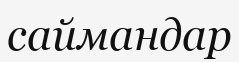
саймандар